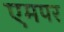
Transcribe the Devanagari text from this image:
एमपर